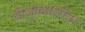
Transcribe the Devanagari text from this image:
बीजुकधारींवर